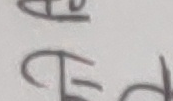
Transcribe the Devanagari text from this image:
छ